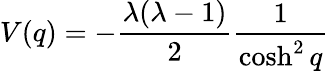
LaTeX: V(q)=-\frac{\lambda(\lambda-1)}{2}\frac{1}{\cosh^{2}q}